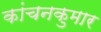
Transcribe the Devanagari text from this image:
कांचनकुमार